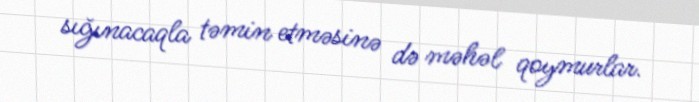
sığınacaqla təmin etməsinə də məhəl qoymurlar.